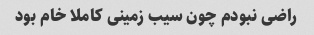
راضی نبودم چون سیب زمینی کاملا خام بود